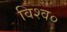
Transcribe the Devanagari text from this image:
विश्व०